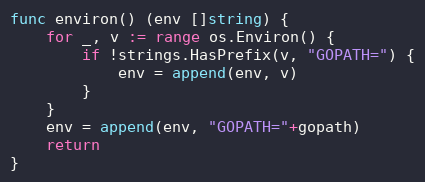
Language: Go
func environ() (env []string) {
	for _, v := range os.Environ() {
		if !strings.HasPrefix(v, "GOPATH=") {
			env = append(env, v)
		}
	}
	env = append(env, "GOPATH="+gopath)
	return
}